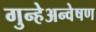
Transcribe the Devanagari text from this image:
गुन्हेअन्वेषण